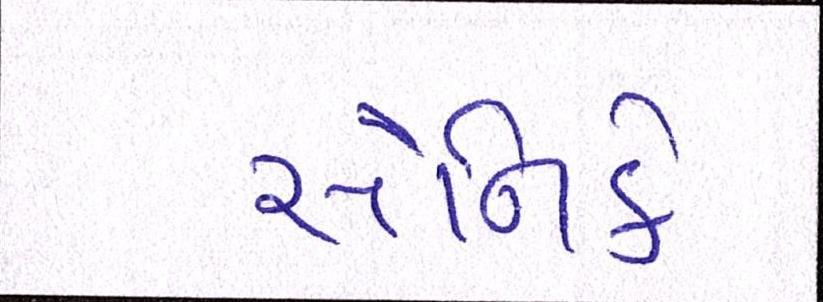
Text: સૈનિકે